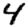
Digit: 4